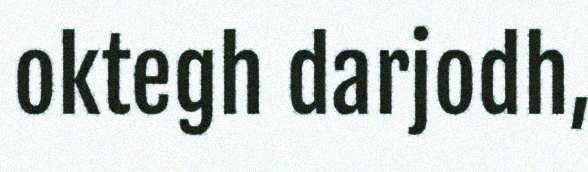
oktegh darjodh,